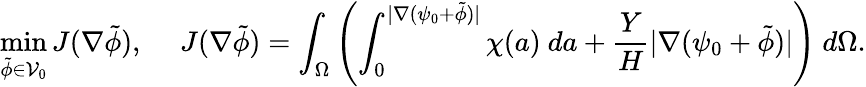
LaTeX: \operatorname*{min}_{\tilde{\phi}\in\mathcal{V}_{0}}J(\nabla\tilde{\phi}),~~~~~J(\nabla\tilde{\phi})=\int_{\Omega}\left(\int_{0}^{|\nabla(\psi_{0}+\tilde{\phi})|}\chi(a)~da+\frac{Y}{H}|\nabla(\psi_{0}+\tilde{\phi})|\right)~d\Omega.